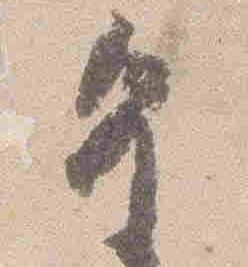
皇